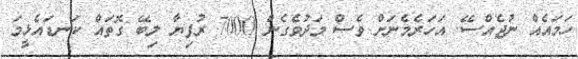
ހަމައެއް ނުޖެއްސޭ. އަހަރެމެނަށް ވެސް މަދުވެގެން 7000 ރުފިޔާ ލިބޭ ގޮތައް ކަނޑައެޅީމަ